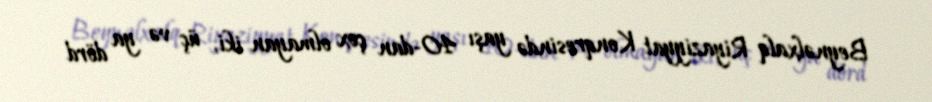
Beynəlxalq Riyaziyyat Konqresində yaşı 40-dan çox olmayan iki, üç və ya dörd